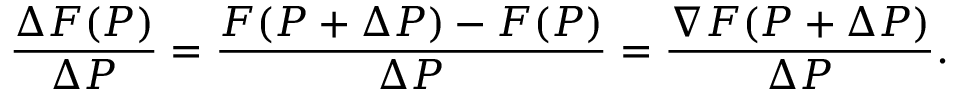
{ \frac { \Delta F ( P ) } { \Delta P } } = { \frac { F ( P + \Delta P ) - F ( P ) } { \Delta P } } = { \frac { \nabla F ( P + \Delta P ) } { \Delta P } } . \,